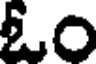
ఓం